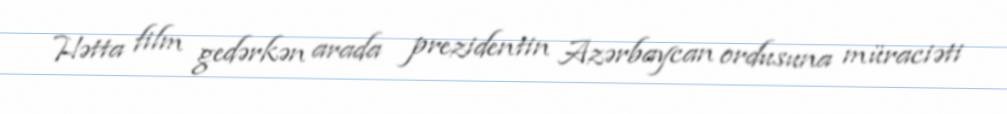
Hətta film gedərkən arada prezidentin Azərbaycan ordusuna müraciəti